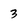
Character: 3